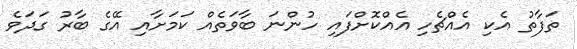
ތަފާތު އެކި އެއްޗެހި އެއްކޮށްފައި ހުންނަ ބާވަތެއް ކަމަށާއި އޭގެ ބާރު ގަދަވެ